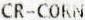
CR-CORN